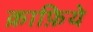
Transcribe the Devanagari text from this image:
क़ाफ़िये